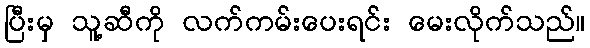
ပြီးမှ သူ့ဆီကို လက်ကမ်းပေးရင်း မေးလိုက်သည်။